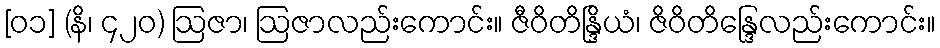
[၀၁] (နိ၊ ၄၂၀) ဩဇာ၊ ဩဇာလည်းကောင်း။ ဇီဝိတိန္ဒြိယံ၊ ဇိဝိတိန္ဒြေလည်းကောင်း။